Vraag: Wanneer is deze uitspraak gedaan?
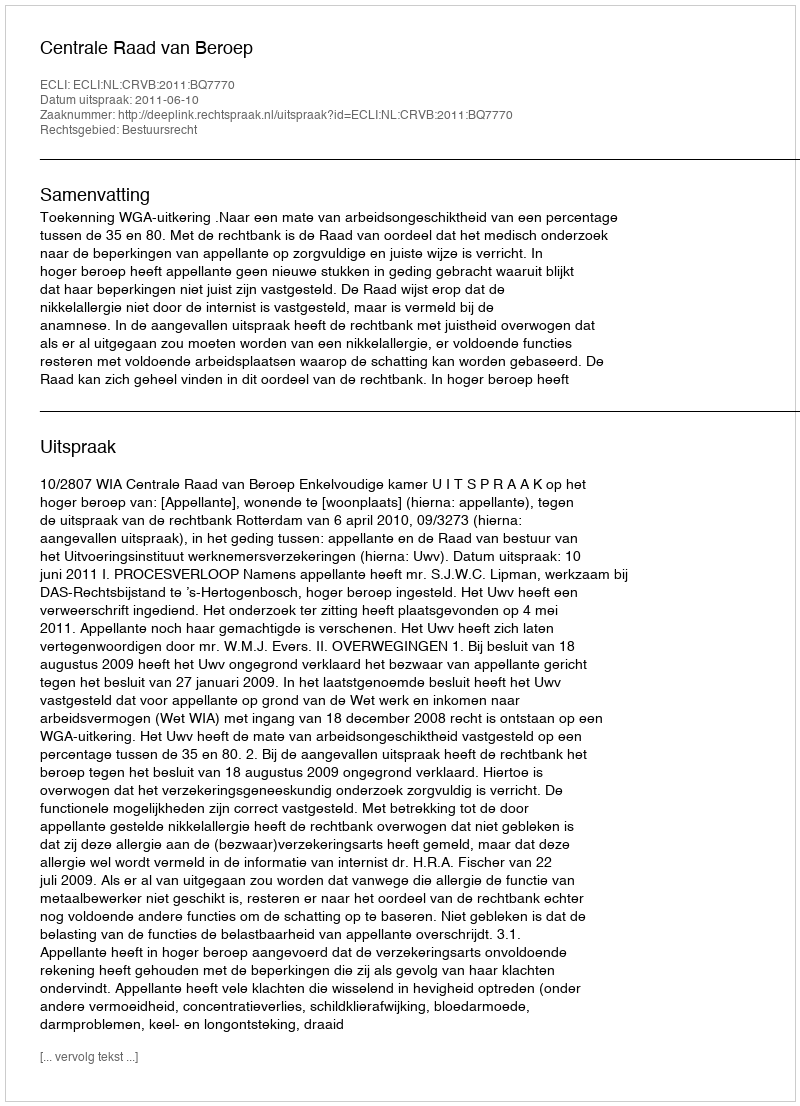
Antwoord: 2011-06-10